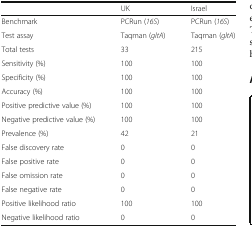
|  | UK | Israel |
 | --- | --- | --- |
 | Benchmark | PCRun (16S) | PCRun (16S) |
 | Test assay | Taqman (gltA) | Taqman (gltA) |
 | Total tests | 33 | 215 |
 | Sensitivity (%) | 100 | 100 |
 | Specificity (%) | 100 | 100 |
 | Accuracy (%) | 100 | 100 |
 | Positive predictive value (%) | 100 | 100 |
 | Negative predictive value (%) | 100 | 100 |
 | Prevalence (%) | 42 | 21 |
 | False discovery rate | 0 | 0 |
 | False positive rate | 0 | 0 |
 | False omission rate | 0 | 0 |
 | False negative rate | 0 | 0 |
 | Positive likelihood ratio | 100 | 100 |
 | Negative likelihood ratio | 0 | 0 |